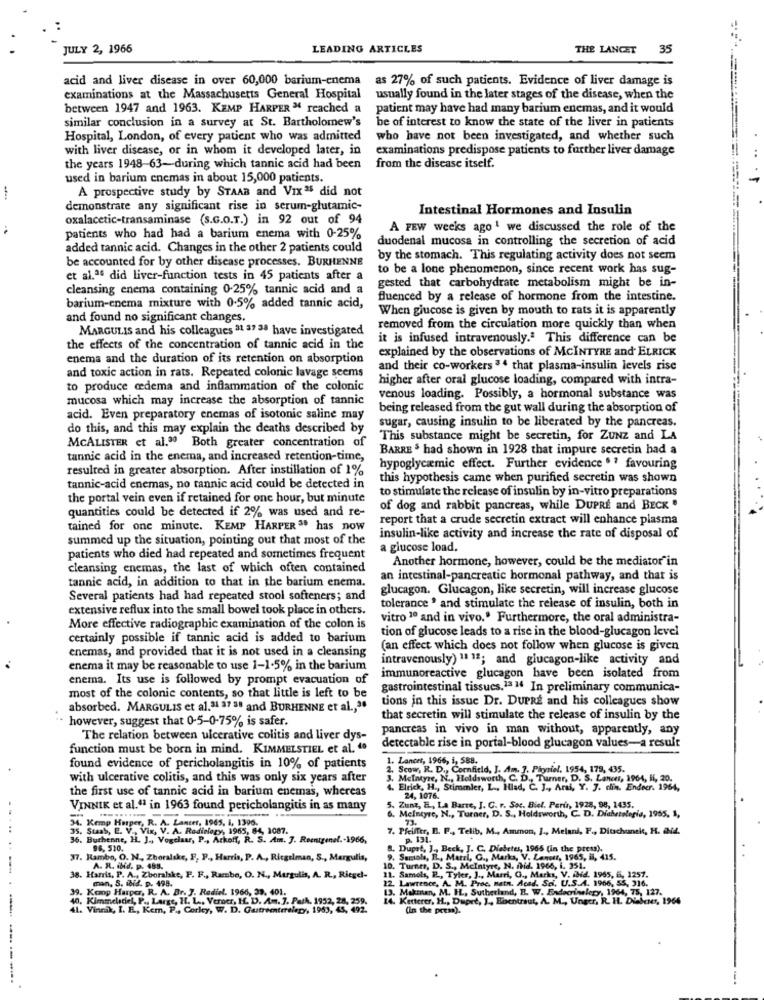
JULY 2, 1966
LEADING ARTICLES
THE LANCET
35
acid and liver disease in over 60,000 barium-enema
as 27% of such patients. Evidence of liver damage is
examinations at the Massachusetts General Hospital
usually found in the later stages of the disease, when the
between 1947 and 1963. KEMP HARPER " reached a
patient may have had many barium enemas, and it would
similar conclusion in a survey at St. Bartholomew's
be of interest to know the state of the liver in patients
Hospital, London, of every patient who was admitted
who have not been investigated, and whether such
with liver disease, or in whom it developed later, in
examinations predispose patients to further liver damage
the years 1948-63-during which tannic acid had been
from the disease itself.
used in barium enemas in about 15,000 patients.
A prospective study by STAAR and Vixas did not
demonstrate any significant rise in serum-glutamic-
Intestinal Hormones and Insulin
oxalacetic-transaminase (S.G.O.T.) in 92 out of 94
A FEW weeks ago 1 we discussed the role of the
patients who had had a barium enema with 0-25%
duodenal mucosa in controlling the secretion of acid
added tannic acid. Changes in the other 2 patients could
be accounted for by other disease processes. BURHENNE
by the stomach. This regulating activity does not seem
to be a lone phenomenon, since recent work has sug-
et al.ªª did liver-function tests in 45 patients after a
gested that carbohydrate metabolism might be in-
cleansing enema containing 0-25% tannic acid and a
fluenced by a release of hormone from the intestine.
barium-enema mixture with 0-5% added tannic acid,
When glucose is given by mouth to rats it is apparently
and found no significant changes.
MARGULIS and his colleagues 31 37 38 have investigated
removed from the circulation more quickly than when
it is infused intravenously.ª This difference can be
the effects of the concentration of tannic acid in the
explained by the observations of MCINTYRE and ELRICK
enema and the duration of its retention on absorption
and their co-workers 34 that plasma-insulin levels rise
and toxic action in rats. Repeated colonic lavage seems
higher after oral glucose loading, compared with intra-
to produce œdema and inflammation of the colonic
mucosa which may increase the absorption of tannic
venous loading. Possibly, a hormonal substance was
being released from the gut wall during the absorption of
acid. Even preparatory enemas of isotonic saline may
sugar, causing insulin to be liberated by the pancreas.
do this, and this may explain the deaths described by
This substance might be secretin, for Zunz and LA
MCALISTER et al.30 Both greater concentration of
BARRE $ had shown in 1928 that impure secretin had a
tannic acid in the enema, and increased retention-time,
resulted in greater absorption. After instillation of 1%
hypoglycæmic effect. Further evidence " ? favouring
this hypothesis came when purified secretin was shown
tannic-acid enemas, no tannic acid could be detected in
to stimulate the release of insulin by in-vitro preparations
the portal vein even if retained for one hour, but minute
quantities could be detected if 2% was used and re-
of dog and rabbit pancreas, while DUPRE and BECK "
report that a crude secretin extract will enhance plasma
tained for one minute. KEMP HARPER " has now
summed up the situation, pointing out that most of the
insulin-like activity and increase the rate of disposal of
a glucose load.
patients who died had repeated and sometimes frequent
Another hormone, however, could be the mediator in
cleansing enemas, the last of which often contained
an intestinal-pancreatic hormonal pathway, and that is
tannic acid, in addition to that in the barium enema.
glucagon. Glucagon, like secretin, will increase glucose
Several patients had had repeated stool softeners; and
extensive reflux into the small bowel took place in others.
tolerance ' and stimulate the release of insulin, both in
vitro 1º and in vivo." Furthermore, the oral administra-
More effective radiographic examination of the colon is
tion of glucose leads to a rise in the blood-glucagon level
certainly possible if tannic acid is added to barium
enemas, and provided that it is not used in a cleansing
(an effect which does not follow when glucose is given
intravenously) 11 12; and glucagon-like activity and
enema it may be reasonable to use 1-1-5% in the barium
enema. Its use is followed by prompt evacuation of
immunoreactive glucagon have been isolated from
most of the colonie contents, so that little is left to be
gastrointestinal tissues.13 14 In preliminary communica-
tions in this issue Dr. DUPRE and his colleagues show
absorbed. MARGULIS et al. 31 37 38 and BURHENNE et al ., "
· however, suggest that 0-5-0-75% is safer.
that secretin will stimulate the release of insulin by the
pancreas in vivo in man without, apparently, any
The relation between ulcerative colitis and liver dys-
function must be born in mind. KIMMELSTIEL et al. "
detectable rise in portal-blood glucagon values-a result
1. Lances, 1966, i, 588.
found evidence of pericholangitis in 10% of patients
2. Scow, R. D ., Cornfield, J. Am. ]. Pinsiel. 1954, 179, 435.
with ulcerative colitis, and this was only six years after
3. Mcintyre, N ., Holdsworth, C. D ., Turner, D. S. Lancer, 1964
. Turner, D. S. Lancer, 1964, H, 20.
the first use of tannic acid in barium enemas, whereas
4. Elrick, H ., Stimmler, L ., Hlad, C. J ., Arsi, Y. 7. din. Endocr. 1964,
24, 1076.
VINNIK et al."ª in 1963 found pericholangitis in as many
5. Zunz, E ., La Barre, J. C. r. Soc. Biel. Peru, 1928, 98, 1435.
6. Mcintyre, N ., Turner, D. S ., Holdsworth, C. D. Diabetelegis, 1955, 1,
73.
34. Kemp Hurper, R. A. Lancer, 1965, I, 1396.
7. Pfeiffer, B. P ., Telib, M ., Ammon, ] ., Melani, F ., Ditachuneit, H. IN4.
...
36. Burhenne, H. J ., Vogelaar, P ., Ackoff, R. S. Am. 7. Reentgenel .- 1966,
5. SunS, E. V ., Vix, V. A. Radinfozy, 1965, 84, 1087.
p. 131.
8. Dupat, J ., Beck, J. C. Diabetes, 1965 (in the press).
lambo, O. N ., Zhoralske, F, P ., Harris, P. A ., Ricgilman, S ., Margulis,
9. Samtale, EL ., Mazel, C ., Marka, V. Lanur, 1965, il, 415.
A. R. ibid. p. 485.
10. Turner, D. S ., Mcintyre, N. fhid. 1966, i. 351.
38. Harris, P. A ., Zboralske, P. F ., Ramsbe, O. N ., Murgulis, A. R ., Riegel-
man, S. ibid. p. 498.
22. Lawrence, A. M. Proc. netn. Acad. Sci, U.S.A. 1966, 55, 316.
11. Samols, P ., Tyler, J ., Marri, G ., Marks, V. Abid. 1965, 6, 1257.
. Kanp Harper, R. A. Br. J. Rediel. 1966, 39. 401.
13. Makman, M. H ., Sutherland, B. W. Endocrinelepy, 1964, 75, 127.
39. 1
14. Ketterer, H ., Dupet, J ., Bbentraut, A. M ., Unger, R. H. Diabetes, 1964
Vinnik, I. E ., Kem, P ., Corky, W. D. Gutremterelepy, 1953, 43, 492.
pelociel, Po Large, H. L .. Verner, IL. D. Am. 7. Park, 1952, 28, 259.
(in the prem).
--------